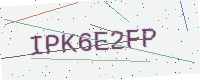
Text: IPK6E2FP